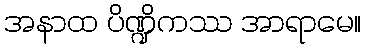
အနာထ ပိဏ္ဍိကဿ အာရာမေ။